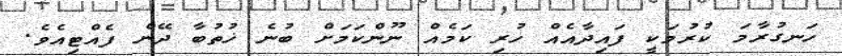
ހަނގުރާމަ ކުރުމަކީ ފައިދާއެއް ހުރި ކަމެއް ނޫންކަމަށް ބުނެ ޚުތުބާ ދޭން ފެއްޓިއެވެ.